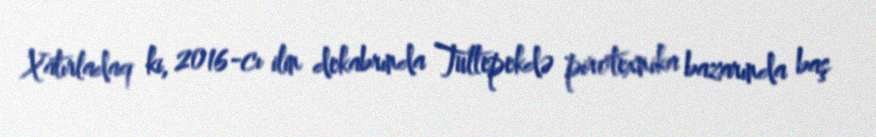
Xatırladaq ki, 2016-cı ilin dekabrında Tultepekdə pirotexnika bazarında baş